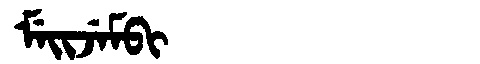
Manchu: ᠮᡝᡳᠵᡝᠮᠪᡳ
Romanization: MEIJEMBI